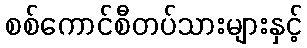
စစ်ကောင်စီတပ်သားများနှင့်